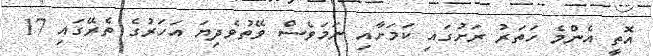
އޮތީ އެންމެ ހަތަރު ރަށުގައި ކަމަށާއި ނަމަވެސް ވޭތުވެދިޔަ އަހަރުގެ ތެރޭގައި 17